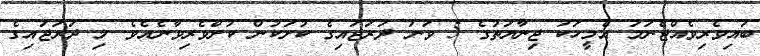
ބައިވެރިވެއްޖެނަމަ އެމީހަކު ޖިނާޔަތުގެ 5 ވަނަ ދަރަޖައިގެ ކުށަކުން ކުށްވެރިވާނެއެވެ. މި ދަރަޖައިގެ